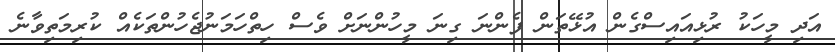
އަދި މީހަކު ރުޅިއައިސްގެން އުޅޭތަން ފެންނަ ގިނަ މީހުންނަށް ވެސް ހިތްހަމަނުޖެހުންތަކެއް ކުރިމަތިވާނެ